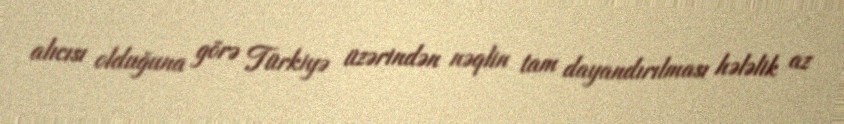
alıcısı olduğuna görə Türkiyə üzərindən nəqlin tam dayandırılması hələlik az